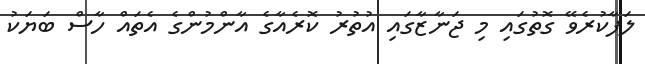
ލަފާކުރެވޭ ގޮތުގައި މި ޖަނާޒާގައި އުތުރު ކޮރެއާގެ އާންމުންގެ އެތައް ހާސް ބަޔަކު